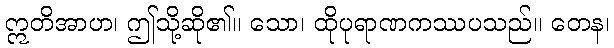
ဣတိအာဟ၊ ဤသို့ဆို၏။ သော၊ ထိုပုရာဏကဿပသည်။ တေန၊